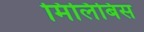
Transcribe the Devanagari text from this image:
मिलिबिस